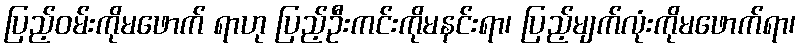
ပြည့်ဝမ်းကိုမဖောက် ရာဟု ပြည့်ဦးကင်းကိုမနင်းရာ၊ ပြည့်မျက်လုံးကိုမဖောက်ရာ၊